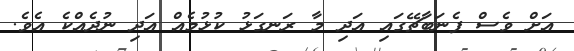
އަށް ވެސް ފެނަބާޗޭގައި އަދި މާ ރަނގަޅު ކުޅުމެއް އަދި ނުދެއްކެ އެވެ.